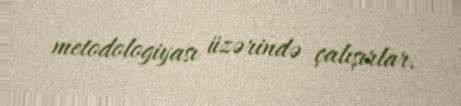
metodologiyası üzərində çalışırlar.